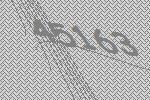
45163